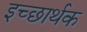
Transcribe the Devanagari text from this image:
इच्छार्थक